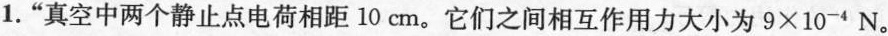
1.”真空中两个静止点电荷相距10cm。它们之间相互作用力大小为$$9 |times 1 0 _ { - 4 } N$$。